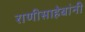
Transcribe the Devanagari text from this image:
राणीसाहेबांनी